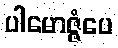
ပါမောဇ္ဇံပေ